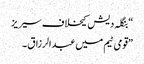
“بنگلہ دیش کیخلاف سیریز
”قومی ٹیم میں عبدالرزاق ۔